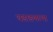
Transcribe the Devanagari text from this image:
धडाडणाऱ्या